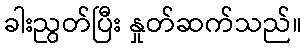
ခါးညွတ်ပြီး နှုတ်ဆက်သည်။